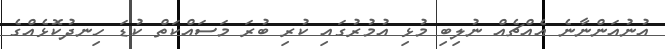
އުނުއަންނާނެ އެއްޗެއް ނުލިބި މުޅި އުމުރުގައި ކުރި ބުރަ މަސައްކަތް ކުޑަ ހިނދުކޮޅެއްގެ